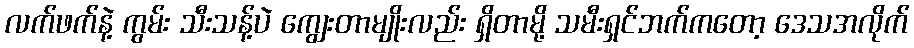
လက်ဖက်နဲ့ ကွမ်း သီးသန့်ပဲ ကျွေးတာမျိုးလည်း ရှိတာမို့ သမီးရှင်ဘက်ကတော့ ဒေသအလိုက်